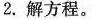
2. 解方程。